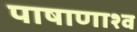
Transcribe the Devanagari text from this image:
पाषाणाश्व